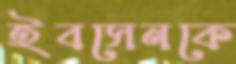
ইবসেনকে